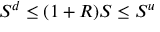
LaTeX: S ^ { d } \leq ( 1 + R ) S \leq S ^ { u }